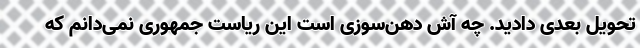
تحویل بعدی دادید. چه آش دهن‌سوزی است این ریاست جمهوری نمی‌دانم که